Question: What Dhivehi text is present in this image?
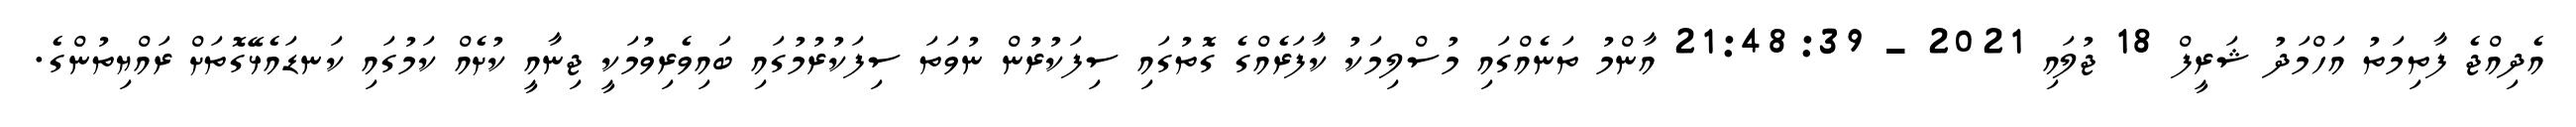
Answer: އެދިއްޖެ ފާތިމަތު އަހްމަދު ޝަރީފް 18 ޖުލައި 2021 - 21:48:39 އާންމު ތަނެއްގައި މުސްލިމަކު ކާފަރެއްގެ ގޮތުގައި ސިފަކުރުން ނުވަތަ ސިފަކުރުމުގައި ބައިވެރިވުމަކީ ޖިނާއީ ކުށެއް ކަމުގައި ކަނޑައެޅޭގޮތަށް ރައްޔިތުންގެ.